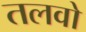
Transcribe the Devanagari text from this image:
तलवो